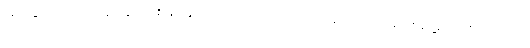
ဖြည့်စွက်သည့် အနေအားဖြင့်သော် လည်းကောင်း, အိမ်ကျောင်းများ မဖွင့်သင့်ကြောင်း